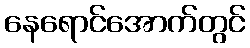
နေရောင်အောက်တွင်